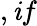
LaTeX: ,\mathit{i}f